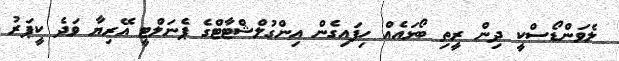
ލެވަންޑޯސްކީ ދިން ރީތި ބޯޅައެއް ހިފައިގެން އިންގުލްޝްޓާޓްގެ ޕެނަލްޓީ އޭރިޔާ ވަދެ ކީޕަރު